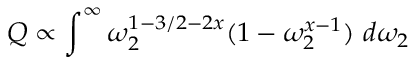
Q \propto \int ^ { \infty } \omega _ { 2 } ^ { 1 - 3 / 2 - 2 x } ( 1 - \omega _ { 2 } ^ { x - 1 } ) \ d \omega _ { 2 }